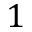
1